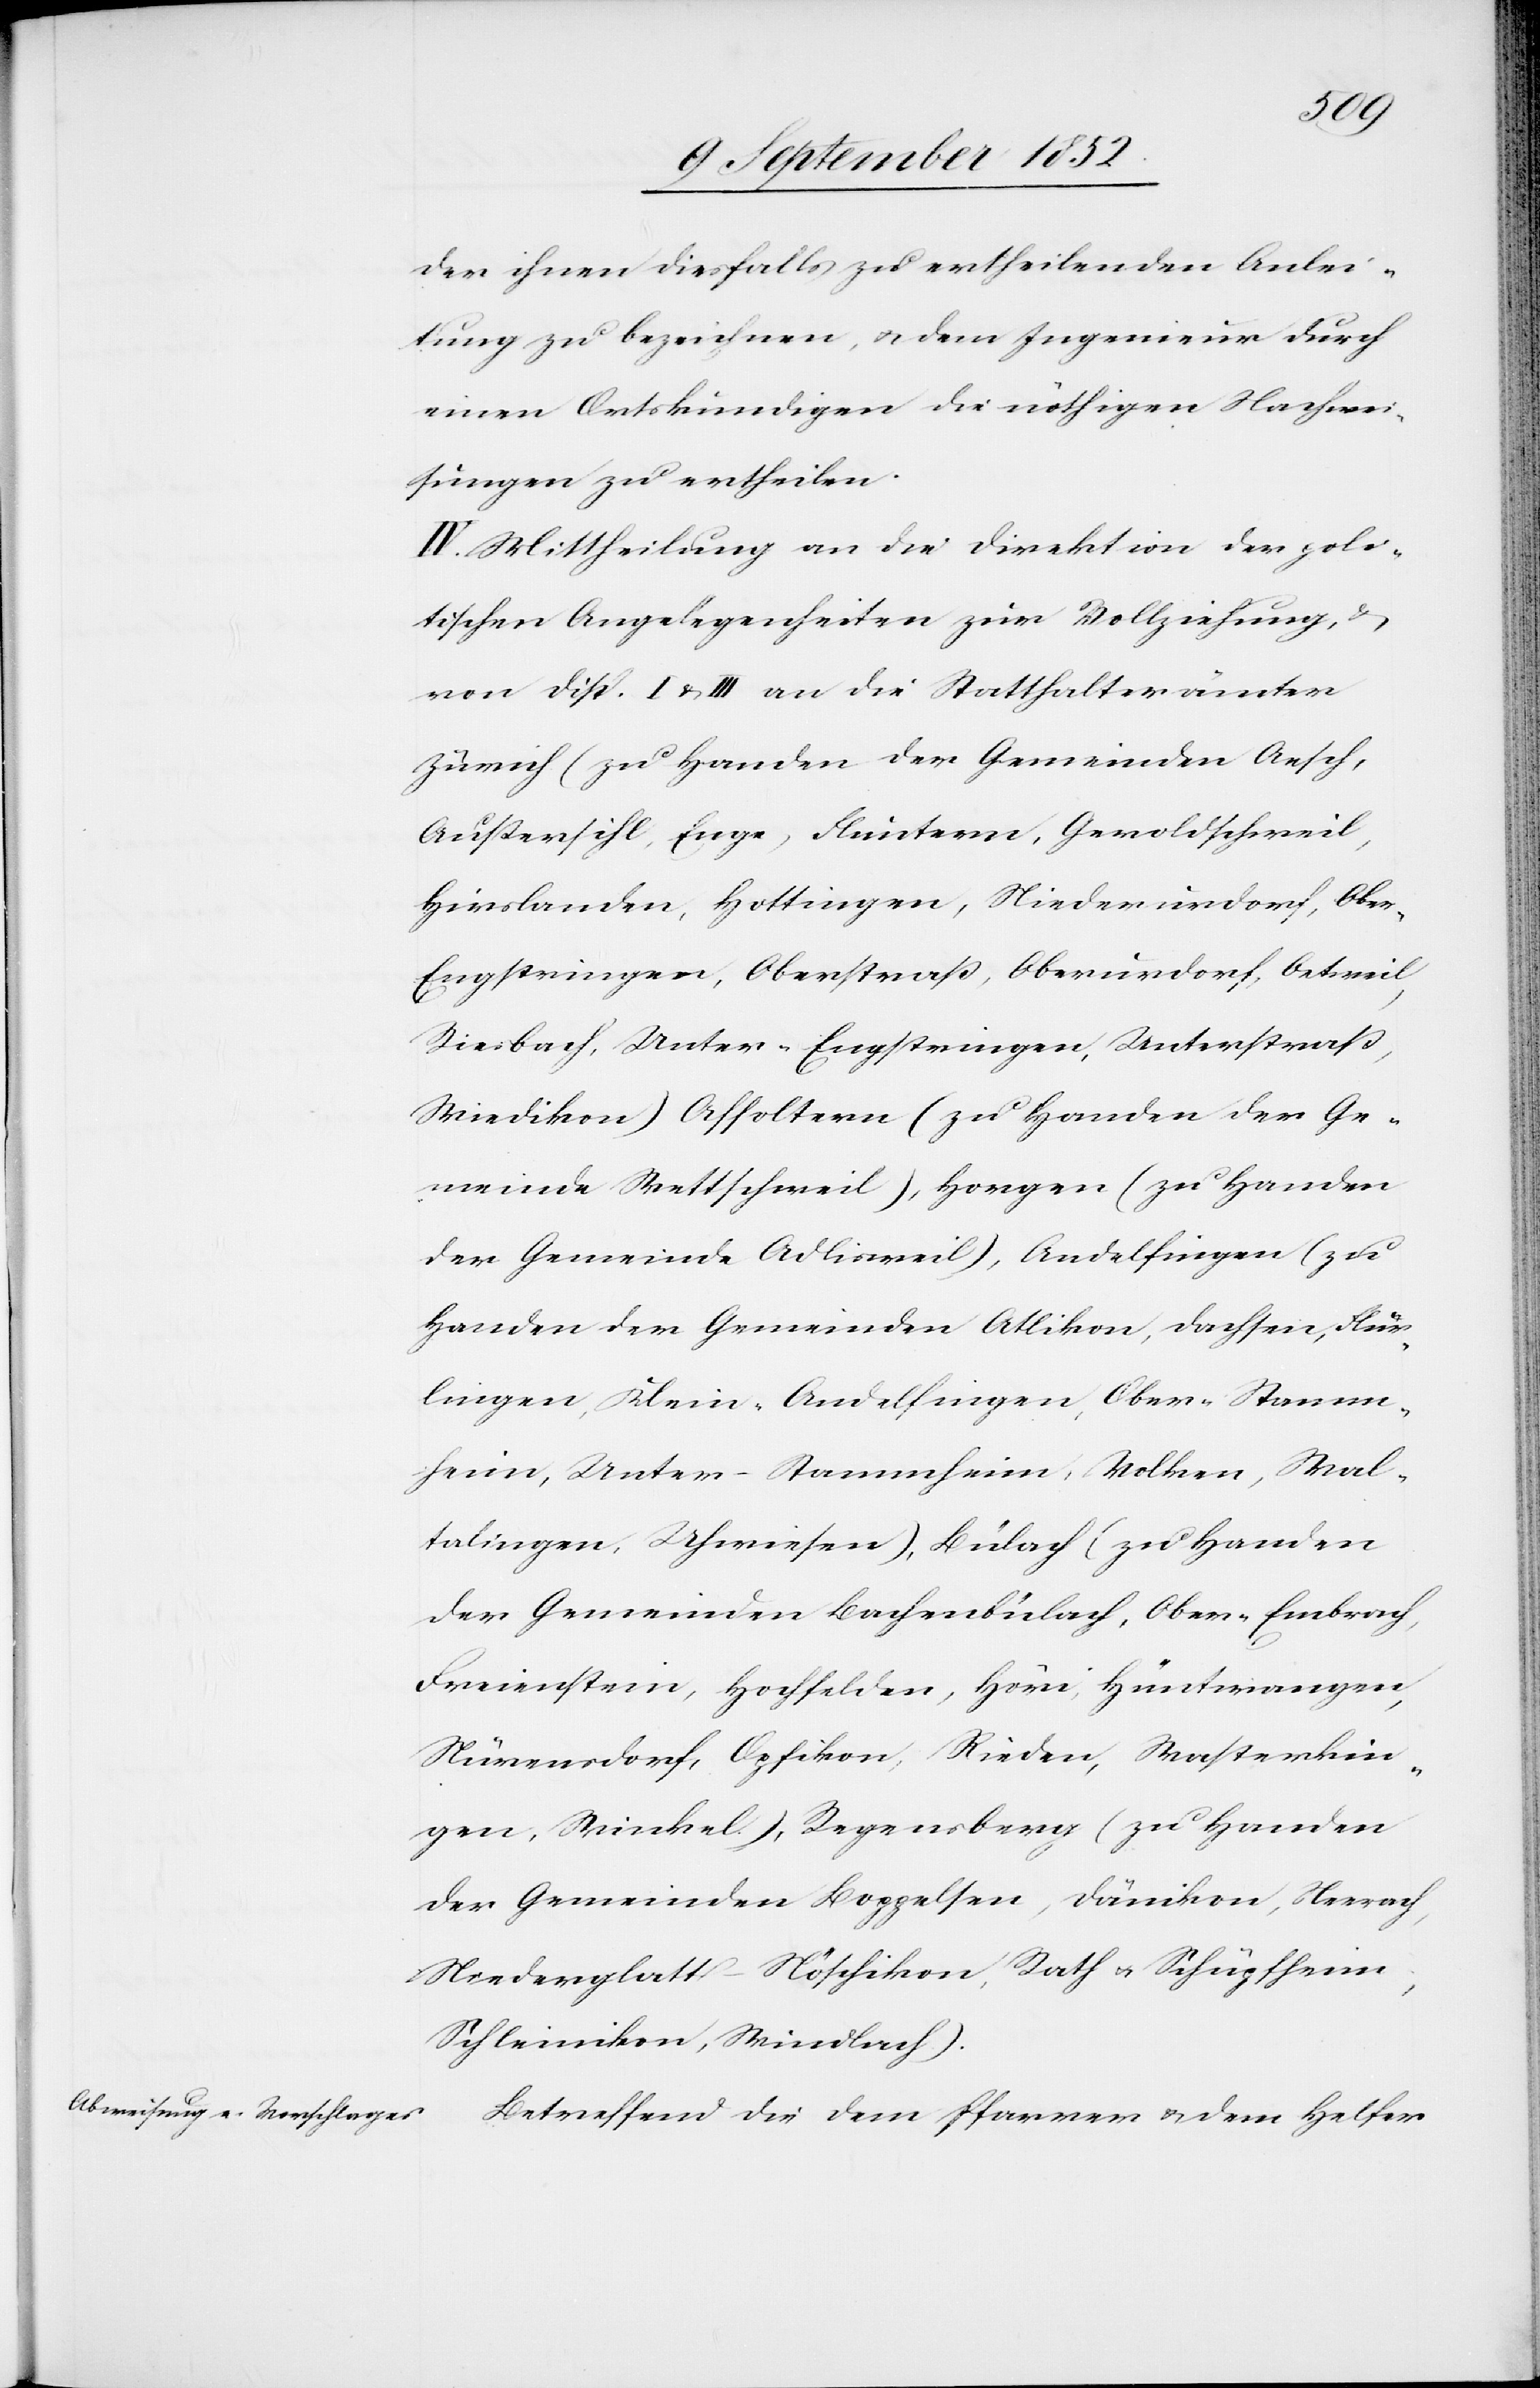
der ihnen diesfalls zu ertheilenden Anlei¬
tung zu bezeichnen, & dem Ingenieur durch
einen Ortskundigen die nöthigen Nachwei¬
sungen zu ertheilen.
IV. Mittheilung an die Direktion der poli¬
tischen Angelegenheiten zur Vollziehung, &
von Disp. I & III an die Statthalterämter
Zürich (zu Handen der Gemeinden Aesch,
Außersihl, Enge, Fluntern, Geroldschweil,
Hirslanden, Hottingen, Niederurdorf, Obe¬
r-Engstringen, Oberstraß, Oberurdorf, Oetweil,
Riesbach, Unter-Engstringen, Unterstraß,
Wiedikon) Affoltern (zu Handen der Ge¬
meinde Wettschweil), Horgen (zu Handen
der Gemeinde Adlisweil), Andelfingen (zu
Handen der Gemeinden Atlikon, Dachsen, Flur¬
lingen, Klein-Andelfingen, Ober-Stamm¬
heim, Unter-Stammheim, Volken, Wal¬
talingen, Uhwiesen), Bülach (zu Handen
der Gemeinden Bachenbülach, Ober-Embrach,
Freienstein, Hochfelden, Höri, Hüntwangen,
Nürensdorf, Opfikon, Rieden, Wasterkin¬
gen, Winkel), Regensberg (zu Handen
der Gemeinden Boppelsen, Dänikon, Neerach,
Niederglatt-Nöschikon, Rath & Schüpfheim,
Schleinikon, Windlach).
Betreffend die dem Pfarrer & dem Helfer